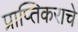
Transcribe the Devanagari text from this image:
प्राप्‍तिकराचे